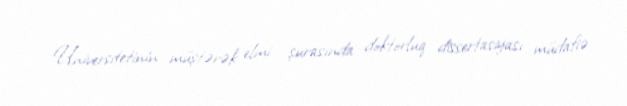
Universitetinin müştərək elmi şurasında doktorluq dissertasiyası müdafiə